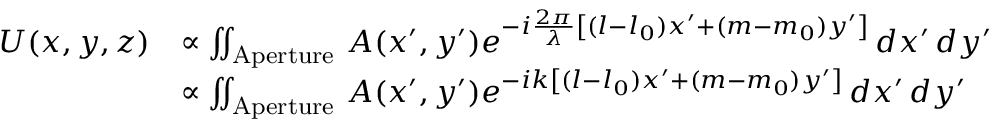
{ \begin{array} { r l } { U ( x , y , z ) } & { \propto \iint _ { \mathrm { A p e r t u r e } } \, A ( x ^ { \prime } , y ^ { \prime } ) e ^ { - i { \frac { 2 \pi } { \lambda } } \left[ ( l - l _ { 0 } ) x ^ { \prime } + ( m - m _ { 0 } ) y ^ { \prime } \right] } \, d x ^ { \prime } \, d y ^ { \prime } } \\ & { \propto \iint _ { \mathrm { A p e r t u r e } } \, A ( x ^ { \prime } , y ^ { \prime } ) e ^ { - i k \left[ ( l - l _ { 0 } ) x ^ { \prime } + ( m - m _ { 0 } ) y ^ { \prime } \right] } \, d x ^ { \prime } \, d y ^ { \prime } } \end{array} }